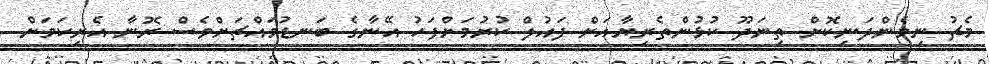
މެޗު ނިމެންދަނިކޮށް ތިނަދޫ ކުޅުންތެރިޔާއަށް ފައުލް ކުރުމަށްފަހު އޭނާގެ ބަނޑުމައްޗަށްވެސް ރޮނާ އެރިކަމަށް